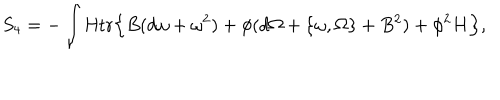
LaTeX: S _ { 4 } = - \int { \mathrm { H t r } } \Bigl \{ B ( d \omega + \omega ^ { 2 } ) + \phi ( d \Omega + \{ \omega , \Omega \} + B ^ { 2 } ) + \phi ^ { 2 } H \Bigr \} ,